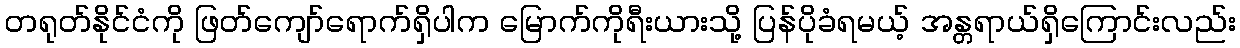
တရုတ်နိုင်ငံကို ဖြတ်ကျော်ရောက်ရှိပါက မြောက်ကိုရီးယားသို့ ပြန်ပိုခံရမယ့် အန္တရာယ်ရှိကြောင်းလည်း